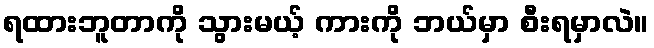
ရထားဘူတာကို သွားမယ့် ကားကို ဘယ်မှာ စီးရမှာလဲ။